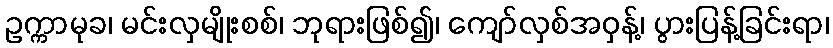
ဥက္ကာမုခ၊ မင်းလှမျိုးစစ်၊ ဘုရားဖြစ်၍၊ ကျော်လှစ်အဝှန့်၊ ပွားပြန့်ခြင်းရာ၊